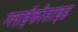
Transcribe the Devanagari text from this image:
ग्लाईकोसाइड